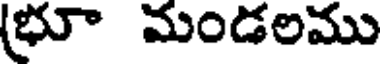
(భూ మండలము